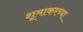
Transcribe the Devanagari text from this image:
शूमाकरच्या